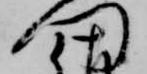
門